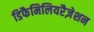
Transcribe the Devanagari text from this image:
डिफैमिलियरैज़ेशन